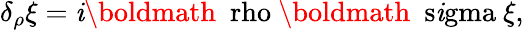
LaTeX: \delta_{\rho}\xi=\mathit{i}\mathrm{{\boldmath~\ rho~}}\mathrm{{\boldmath~\ s\mathit{i}gma~}}\xi,